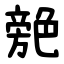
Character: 䒍